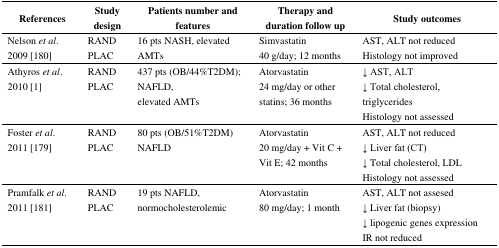
<table><thead><tr><td><b>References</b></td><td><b>Study design</b></td><td><b>Patients number and features</b></td><td><b>Therapy and duration follow up</b></td><td><b>Study outcomes</b></td></tr></thead><tbody><tr><td>Nelson <i>et al</i>. 2009 [180]</td><td>RANDPLAC</td><td>16 pts NASH, elevated AMTs</td><td>Simvastatin 40 g/day; 12 months</td><td>AST, ALT not reducedHistology not improved</td></tr><tr><td>Athyros <i>et al</i>. 2010 [1]</td><td>RANDPLAC</td><td>437 pts (OB/44%T2DM); NAFLD, elevated AMTs</td><td>Atorvastatin 24 mg/day or other statins; 36 months</td><td>↓ AST, ALT↓ Total cholesterol, triglyceridesHistology not assessed</td></tr><tr><td>Foster <i>et al</i>. 2011 [179]</td><td>RANDPLAC</td><td>80 pts (OB/51%T2DM)NAFLD</td><td>Atorvastatin 20 mg/day + Vit C + Vit E; 42 months</td><td>AST, ALT not reduced↓ Liver fat (CT)↓ Total cholesterol, LDLHistology not assessed</td></tr><tr><td>Pramfalk <i>et al</i>. 2011 [181]</td><td>RANDPLAC</td><td>19 pts NAFLD, normocholesterolemic</td><td>Atorvastatin 80 mg/day; 1 month</td><td>AST, ALT not assesed↓ Liver fat (biopsy)↓ lipogenic genes expressionIR not reduced</td></tr></tbody></table>